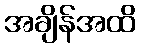
အချိန်အထိ